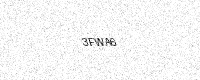
Text: 3FWA6